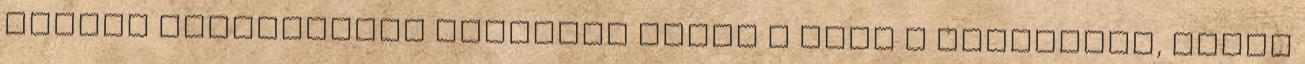
bővebb információt szeretne kapni a Vevő a termékről, akkor